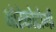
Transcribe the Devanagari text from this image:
थोरेकोटोमी